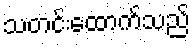
သတင်းထောက်သည်